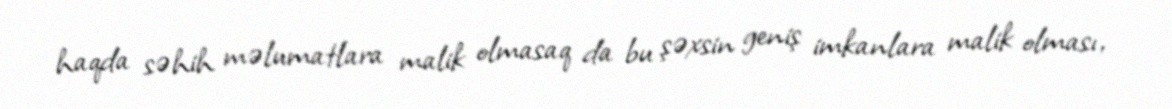
haqda səhih məlumatlara malik olmasaq da bu şəxsin geniş imkanlara malik olması,